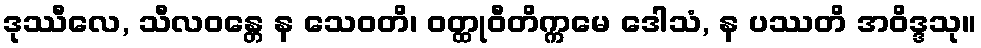
ဒုဿီလေ, သီလဝန္တေ န သေဝတိ၊ ဝတ္ထုဝီတိက္ကမေ ဒေါသံ, န ပဿတိ အဝိဒ္ဒသု။